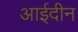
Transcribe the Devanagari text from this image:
आईदीन